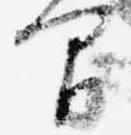
間